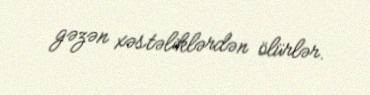
gəzən xəstəliklərdən ölürlər.